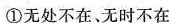
①无处不在、无时不在